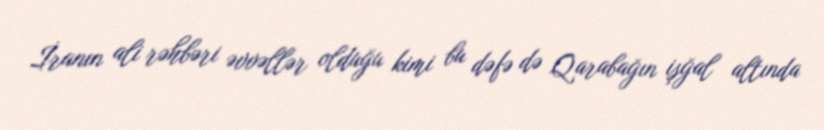
İranın ali rəhbəri əvvəllər olduğu kimi bu dəfə də Qarabağın işğal altında